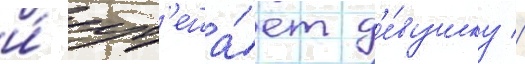
и́ ут'еша́ет д'е́вушку //